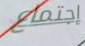
إجتماع